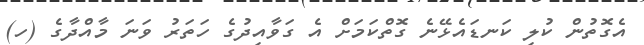
އެގޮތުން ކުލި ކަނޑައެޅޭނެ ގޮތްކަމަށް އެ ގަވާއިދުގެ ހަތަރު ވަނަ މާއްދާގެ (ހ)